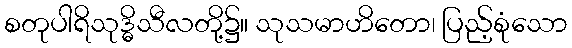
စတုပါရိသုဒ္ဓိသီလတို့၌။ သုသမာဟိတော၊ ပြည့်စုံသော